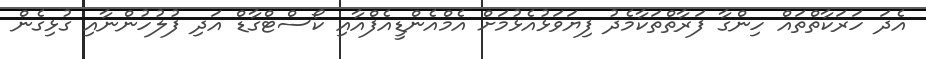
އެދަ ހަރަކާތްތައް ހިންގާ ފަރާތްތަކާމެދު ފިޔަވަޅުއެޅުމަށް އެމްއެންޑީއެފްއާއި ކޯސްޓްގާޑް އަދި ފުލުހުންނާއި ގުޅިގެން